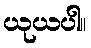
ယုယပါ။